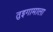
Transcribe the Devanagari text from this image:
तुइगामाला